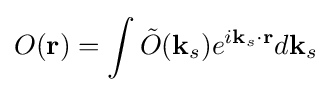
O(\mathbf {r} )=\int {\tilde {O}}(\mathbf {k} _{s})e^{i\mathbf {k} _{s}\cdot \mathbf {r} }d\mathbf {k} _{s}